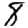
Digit: 8